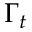
\Gamma _ { t }